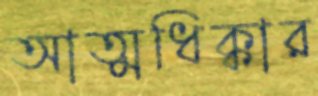
আত্মধিক্কার